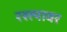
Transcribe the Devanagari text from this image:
रस्‍त्‍यावर